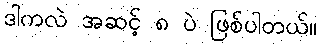
ဒါကလဲ အဆင့် ၈ ပဲ ဖြစ်ပါတယ်။